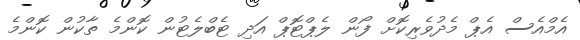
އެމްއެސް އެޕް މެދުވެރިކޮށް ފޯން ލެޕްޓޮޕް އަދި ޓެބްލެޓުން ކޮންމެ ތާކުން ކޮންމެ